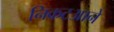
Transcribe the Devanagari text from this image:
निकटआने